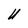
Character: U